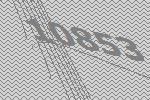
10853